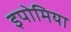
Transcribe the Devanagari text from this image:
इपोमिया